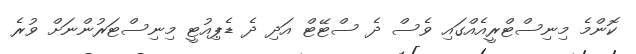
ކޮންމެ މިނިސްޓްރީއެއްގައި ވެސް ދެ ސްޓޭޓް އަދި ދެ ޑެޕިއުޓީ މިނިސްޓަރުންނަށް ވުރެ